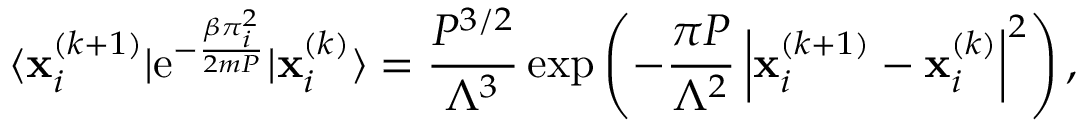
\langle \mathbf { x } _ { i } ^ { ( k + 1 ) } | \mathrm { e } ^ { - \frac { \beta \boldsymbol { \pi } _ { i } ^ { 2 } } { 2 m P } } | \mathbf { x } _ { i } ^ { ( k ) } \rangle = \frac { P ^ { 3 / 2 } } { \Lambda ^ { 3 } } \exp \left( - \frac { \pi P } { \Lambda ^ { 2 } } \left| \mathbf { x } _ { i } ^ { ( k + 1 ) } - \mathbf { x } _ { i } ^ { ( k ) } \right| ^ { 2 } \right) ,